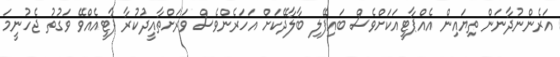
އަރެންނުދާނަން ތިޔައިން އެއްޕާޓީއަކަށްވެސް ބައިފޭލި ބާލާދޭކަށް އަހަރެންވެސް ވަރަށްތާއީދުކުރާ ޕާޓީއެއްވޭ ވަގުތު ޖެހުނީމަ